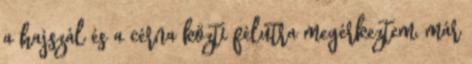
a hajszál és a cérna közti félútra megérkeztem, már